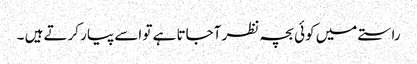
راستے میں کوئی بچہ نظر آجاتا ہے تو اسے پیار کرتے ہیں ۔